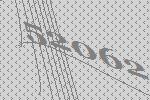
52062